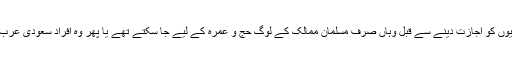
سعودی حکومت کی جانب سے سیاحت کےلیے غیر ملکیوں کو اجازت دینے سے قبل وہاں صرف مسلمان ممالک کے لوگ حج و عمرہ کے لیے جا سکتے تھے یا پھر وہ افراد سعودی عرب کا سفر کرسکتے تھے جن کے رشتہ دار وہاں مقیم ہوں۔